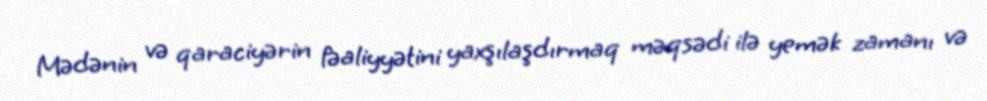
Mədənin və qaraciyərin fəaliyyətini yaxşılaşdırmaq məqsədi ilə yemək zamanı və